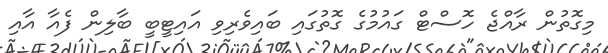
މިގޮތުން ރާއްޖެ ހޮސްޓް ގައުމުގެ ގޮތުގައި ބައިވެރިވި އައިޓީބީ ބާލިން ފެއާ އާއި